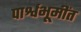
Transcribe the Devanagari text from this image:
पार्श्वभूमींत